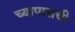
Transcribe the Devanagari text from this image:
च्यापासची